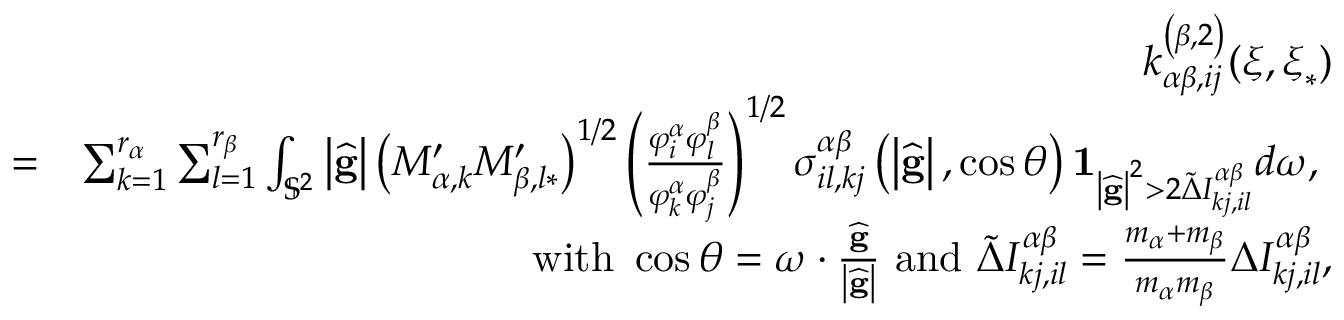
\begin{array} { r l r } & { } & { k _ { \alpha \beta , i j } ^ { \left( \beta , 2 \right) } ( \boldsymbol { \xi } , \boldsymbol { \xi } _ { \ast } ) } \\ & { = } & { \sum _ { k = 1 } ^ { r _ { \alpha } } \sum _ { l = 1 } ^ { r _ { \beta } } \int _ { \mathbb { S } ^ { 2 } } \left\vert \widehat { \mathbf { g } } \right\vert \left( M _ { \alpha , k } ^ { \prime } M _ { \beta , l \ast } ^ { \prime } \right) ^ { 1 / 2 } \left( \frac { \varphi _ { i } ^ { \alpha } \varphi _ { l } ^ { \beta } } { \varphi _ { k } ^ { \alpha } \varphi _ { j } ^ { \beta } } \right) ^ { 1 / 2 } \sigma _ { i l , k j } ^ { \alpha \beta } \left( \left\vert \widehat { \mathbf { g } } \right\vert , \cos \theta \right) \mathbf { 1 } _ { \left\vert \widehat { \mathbf { g } } \right\vert ^ { 2 } > 2 \widetilde { \Delta } I _ { k j , i l } ^ { \alpha \beta } } d \boldsymbol { \omega } \mathrm { , ~ } } \\ & { } & { \mathrm { w i t h ~ } \cos \theta = \boldsymbol { \omega } \cdot \frac { \widehat { \mathbf { g } } } { \left\vert \widehat { \mathbf { g } } \right\vert } \mathrm { ~ a n d ~ } \widetilde { \Delta } I _ { k j , i l } ^ { \alpha \beta } = \frac { m _ { \alpha } + m _ { \beta } } { m _ { \alpha } m _ { \beta } } \Delta I _ { k j , i l } ^ { \alpha \beta } \mathrm { , } } \end{array}